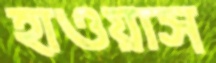
হাওয়াস